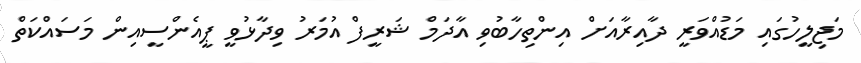
މަޖިލީހުގައި މަޑުއްވަރީ ދާއިރާއަށް އިންތިހާބުވި އާދަމް ޝަރީފް އުމަރު ވިދާޅުވީ ޕީއެންސީއިން މަސައްކަތް